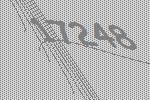
17248